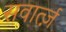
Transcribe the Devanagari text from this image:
सवार्त्ज़